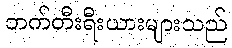
ဘက်တီးရီးယားများသည်